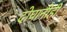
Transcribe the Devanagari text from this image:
दोघानीही